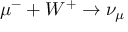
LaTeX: \mu ^ { - } + W ^ { + } \to \nu _ { \mu }